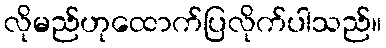
လိုမည်ဟုထောက်ပြလိုက်ပါသည်။